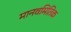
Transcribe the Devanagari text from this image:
मानवमितिक